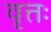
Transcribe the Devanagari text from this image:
वृत्तः